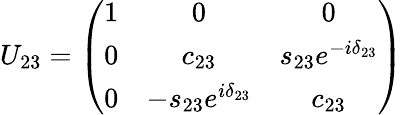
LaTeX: U_{23}=\left(\begin{array}{ccc}{{1}}&{{0}}&{{0}}\\ {{0}}&{{c_{23}}}&{{s_{23}e^{-i\delta_{23}}}}\\ {{0}}&{{-s_{23}e^{i\delta_{23}}}}&{{c_{23}}}\end{array}\right)